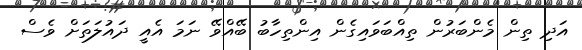
އަދި ތިން މެންބަރުން ތިއްބަވައިގެން އިންތިހާބު ބޭއްވޭ ނަމަ އެއީ ދައުލަތަށް ވެސް